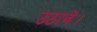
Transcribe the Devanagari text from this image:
उठावें।